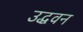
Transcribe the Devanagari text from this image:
उद्धवन